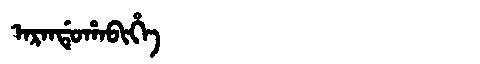
Manchu: ᠠᡵᠠᠨᡩᡠᡥᠠᠪᡳᡥᡝ
Romanization: ARANDUHABIHE